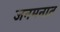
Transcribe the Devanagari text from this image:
जनमनात